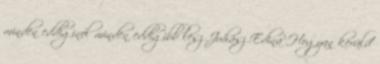
minden eddiginél minden eddigibb lesz Juhász Edina Hogyan kerüld